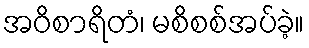
အဝိစာရိတံ၊ မစိစစ်အပ်ခဲ့။